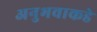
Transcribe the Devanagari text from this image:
अनुभवाकडे